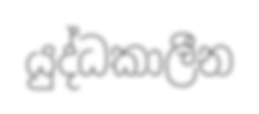
යුද්ධකාලීන